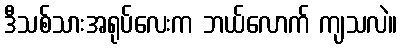
ဒီသစ်သားအရုပ်လေးက ဘယ်လောက် ကျသလဲ။